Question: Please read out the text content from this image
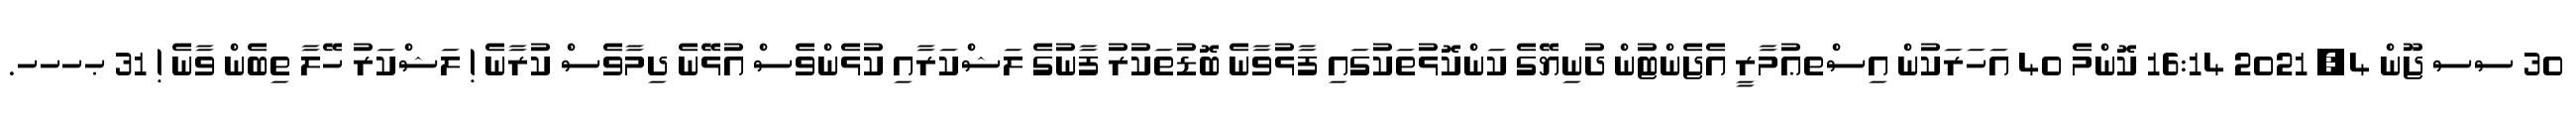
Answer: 30 ސސ ޖޫން 4, 2021 16:14 ކޮންމެ 40 އަހަރަކުން އިސްތޢުމާރީ އެޖެންޓުން ދުނިޔޭގެ ކަންކޮޅުތަކުގައި ފާޅުވާނެ ބޮޑުތަކުރު ފާނުގެ ލަޝްކަރާއި ކުޅެންވެސް އުޅޭނެ ދިމާވެސް ކުރާނެ ! ލަޝްކަރު ހޭލާ ތިބެން ވާނެ ! 31 ޙހހހ.